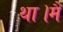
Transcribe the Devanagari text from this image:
था।मैं